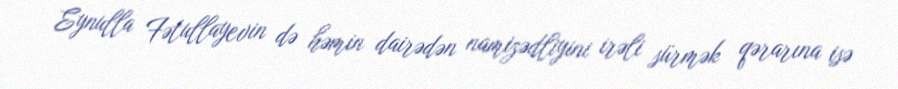
Eynulla Fətullayevin də həmin dairədən namizədliyini irəli sürmək qərarına isə